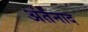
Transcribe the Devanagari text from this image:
अंर्तनाद